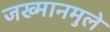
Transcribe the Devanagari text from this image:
जख्मानमुले